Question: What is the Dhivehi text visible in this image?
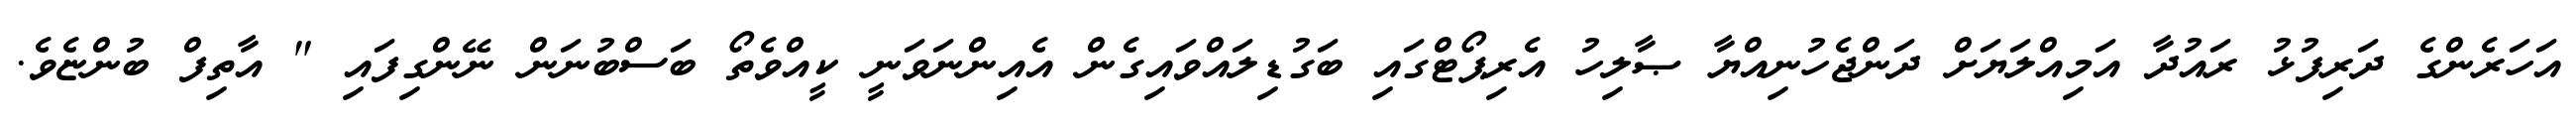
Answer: އަހަރެންގެ ދަރިފުޅު ރައުދާ އަމިއްލަޔަށް ދަންޖެހުނިއްޔާ ޞާލިހު އެރިޕޯޓްގައި ބަގުޑިލައްވައިގެން އެއިންނަވަނީ ކީއްވެތޯ ބަސްބުނަން ނޭންގިފައި " އާތިފް ބުންޏެވެ.